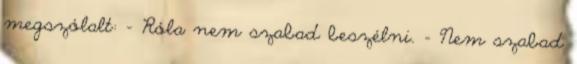
megszólalt: - Róla nem szabad beszélni. - Nem szabad